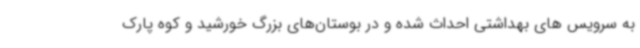
به سرویس های بهداشتی احداث شده و در بوستان‌های بزرگ خورشید و کوه پارک